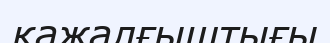
қажалғыштығы